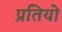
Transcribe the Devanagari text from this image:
प्रतियो